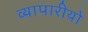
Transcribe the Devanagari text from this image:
व्यापारीयो